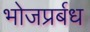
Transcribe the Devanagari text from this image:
भोजप्रर्बध